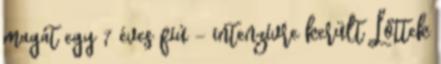
magát egy 7 éves fiú - intenzívre került Lőttek